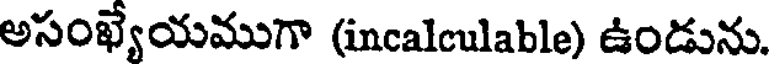
అసంఖ్యేయముగా (incalculable) ఉండును.